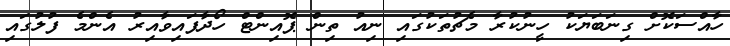
ހާއްސަކޮށް ގިނަބަޔަކު ހީނުކުރާ މެޗުތަކުގައި ނިއު ތިން ޕޮއިންޓް ހޯދާފައިވާއިރު އެންމެ ފުލުގައި